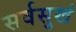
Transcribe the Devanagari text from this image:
सर्वसुखं